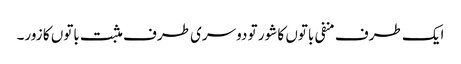
ایک طرف منفی باتوں کا شور تو دوسری طرف مثبت باتوں کا زور۔